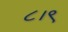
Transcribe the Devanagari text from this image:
८।९